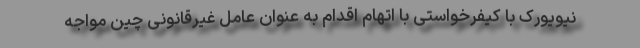
نیویورک با کیفرخواستی با اتهام اقدام به عنوان عامل غیرقانونی چین مواجه